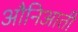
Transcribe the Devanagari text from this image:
औनिआती